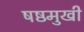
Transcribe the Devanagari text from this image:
षष्ठमुखी